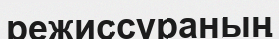
режиссураның